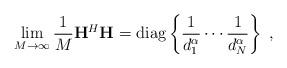
LaTeX: \begin{align*}\lim_{M\to\infty}\frac{1}{M}\mathbf{H}^H\mathbf{H}= \mathrm{diag}\left\{\frac{1}{d_1^{\alpha}}\cdots \frac{1}{d_N^{\alpha}}\right\}\; ,\end{align*}